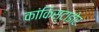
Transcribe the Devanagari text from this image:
कांकिस्टाडोर